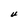
Character: U